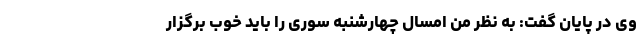
وی در پایان گفت: به نظر من امسال چهارشنبه سوری را باید خوب برگزار